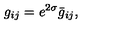
g _ { i j } = e ^ { 2 \sigma } \bar { g } _ { i j } ,